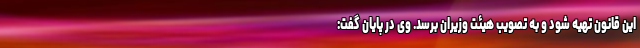
این قانون تهیه شود و به تصویب هیئت وزیران برسد. وی در پایان گفت: